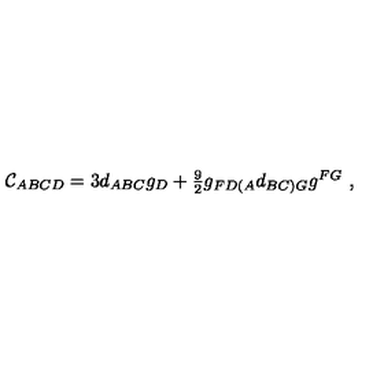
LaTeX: { \cal C } _ { A B C D } = 3 d _ { A B C } g _ { D } + \textstyle { \frac { 9 } { 2 } } g _ { F D ( A } d _ { B C ) G } g ^ { F G } \ ,